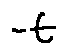
- t